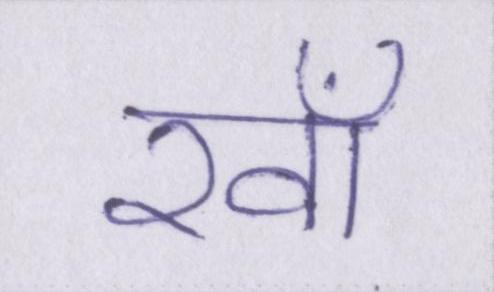
रवाँ